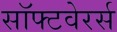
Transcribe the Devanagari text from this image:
सॉफ्टवेरर्स